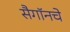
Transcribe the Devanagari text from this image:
सैगॉनचे